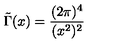
\tilde { \Gamma } ( x ) = \frac { ( 2 \pi ) ^ { 4 } } { ( x ^ { 2 } ) ^ { 2 } }